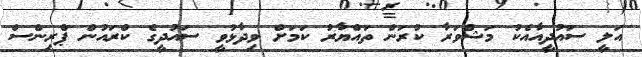
އަލީ ސައުދީއާއެކު މަޝްވަރާ ކުރަން ތައްޔާރު ކަމަށް ވިދާޅުވީ ސައުދީގެ ކްރައުން ޕްރިންސް